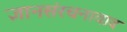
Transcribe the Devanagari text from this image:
ज्ञानसंरचनावाद